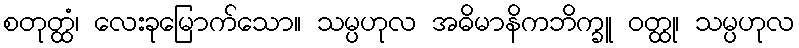
စတုတ္ထံ၊ လေးခုမြောက်သော။ သမ္ပဟုလ အဓိမာနိကဘိက္ခူ ဝတ္ထု၊ သမ္ပဟုလ